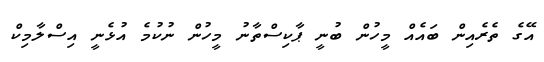
އޭގެ ތެރެއިން ބައެއް މީހުން ބުނީ ޕާކިސްތާނު މީހުން ނުކުމެ އުޅެނީ އިސްލާމިކް